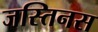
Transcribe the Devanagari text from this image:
जस्तिनस